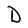
Character: D